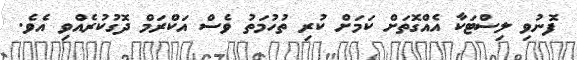
ފޮނުވި ލިސްޓަކާ އެއްގޮތަށް ކަމަށް ކުރި ތުހުމަތު ވެސް އަކްރަމް ދޮގުކުރެއްވި އެވެ.